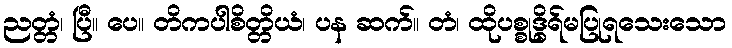
ညတ္တံ၊ ပြီ။ ပေ။ တိကပါစိတ္တိယံ၊ ပန ဆက်။ တံ၊ ထိုပစ္စုဒ္ဓိရ်မပြုရသေးသော